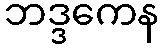
ဘဒ္ဒကေန